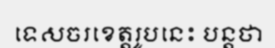
ទេសចរខេត្តរូបនេះ បន្តថា